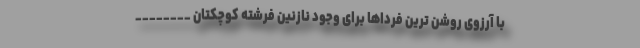
با آرزوی روشن ترین فرداها برای وجود نازنین فرشته کوچکتان ________